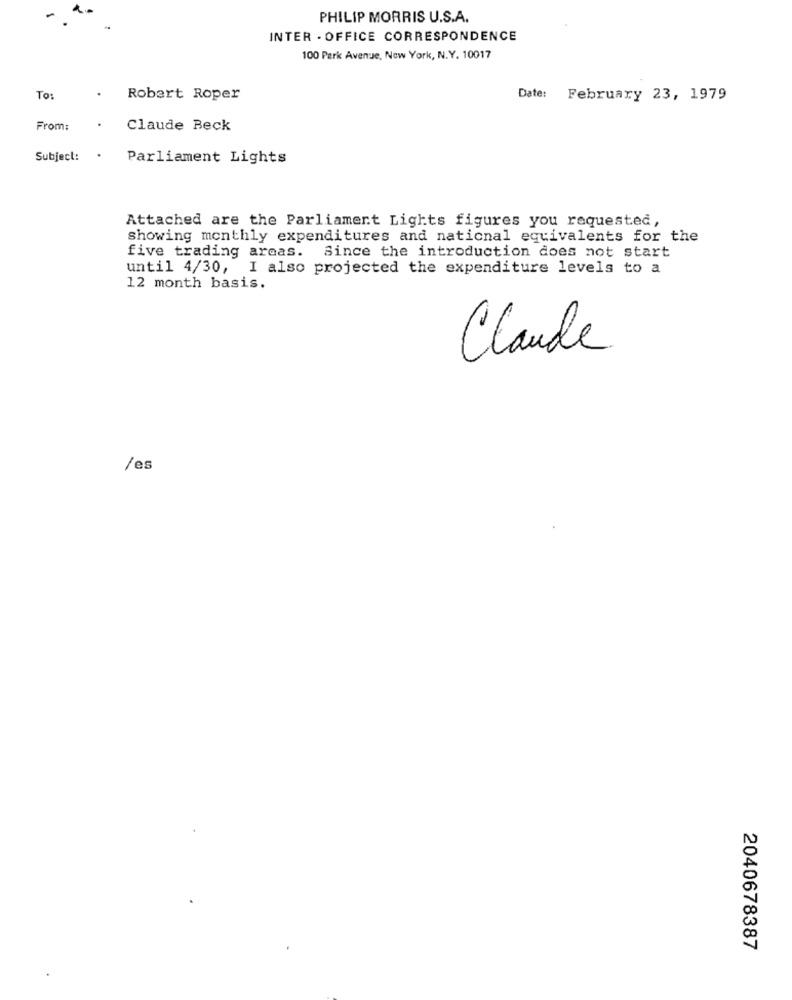
PHILIP MORRIS U.S.A.
INTER - OFFICE CORRESPONDENCE
100 Park Avenue, New York, N.Y. 10017
To:
Robert Roper
Date: February 23, 1979
From:
Claude Beck
Subject:
Parliament Lights
Attached are the Parliament Lights figures you requested,
showing monthly expenditures and national equivalents for the
five trading areas.
Since the introduction does not start
until 4/30, I also projected the expenditure levels to a
12 month basis.
Claude
/es
2040678387